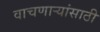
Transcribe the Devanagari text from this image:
वाचणाऱ्यांसाठी